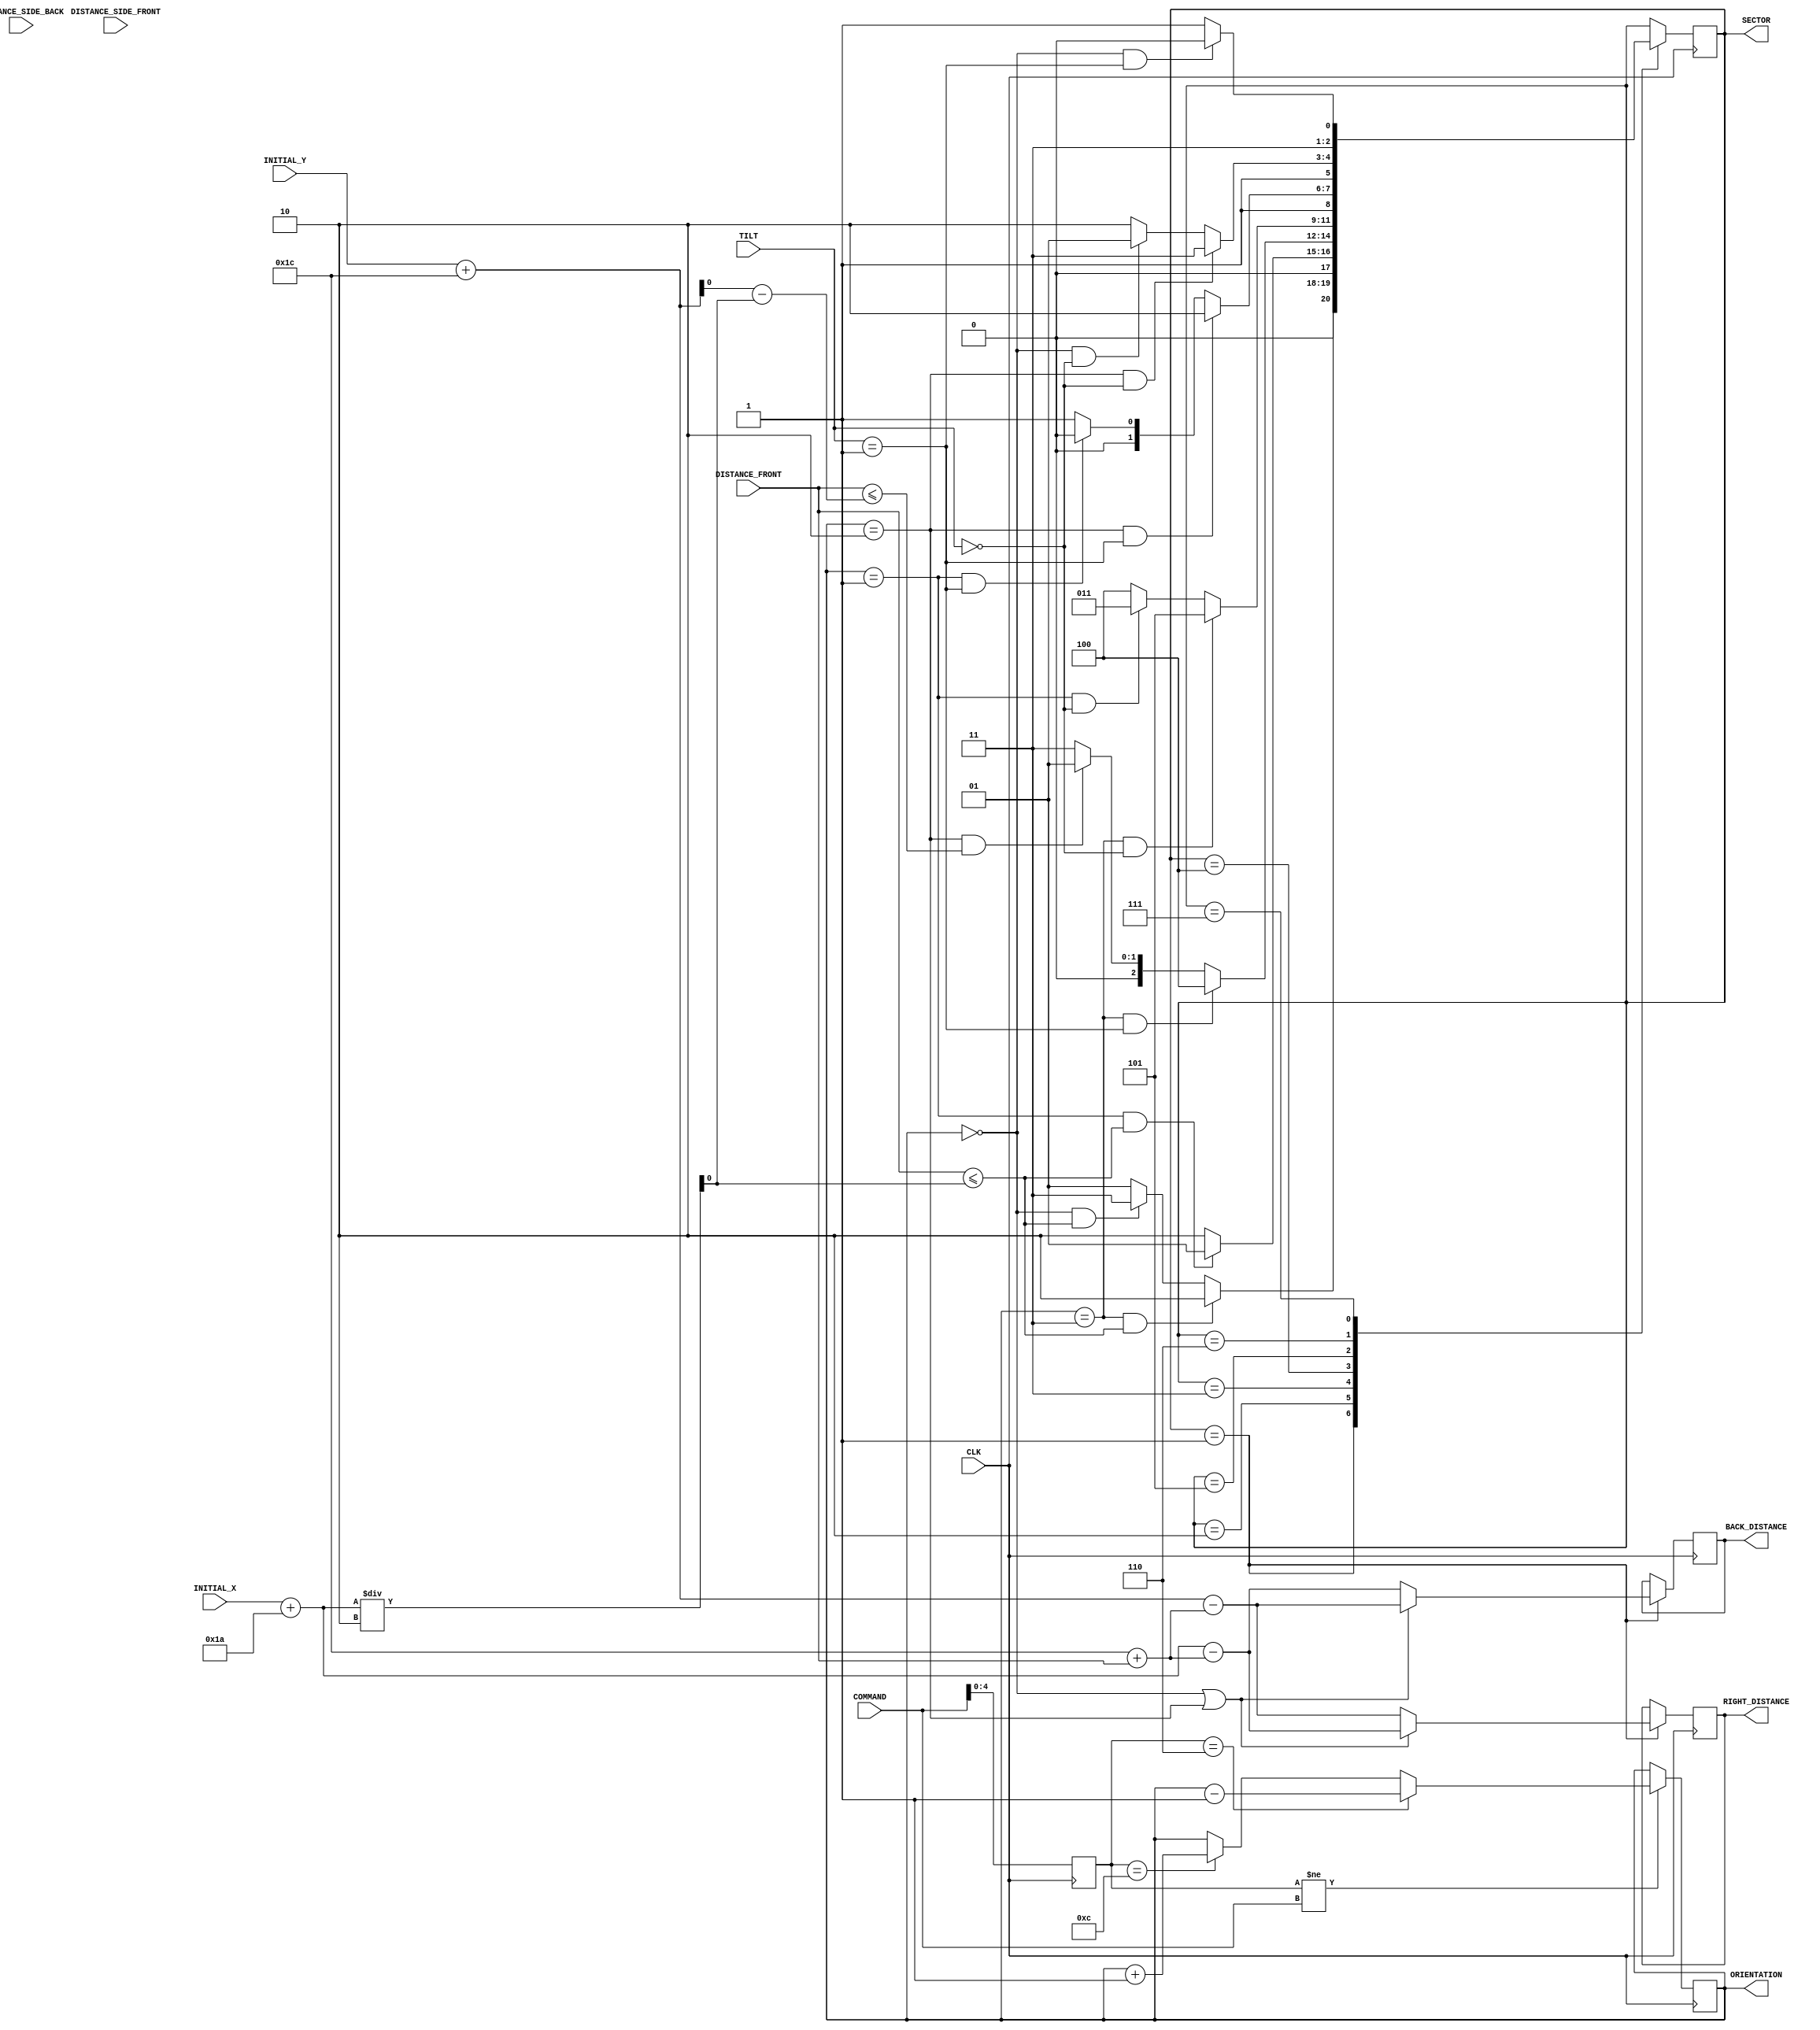
`timescale 1ns / 1ps
//////////////////////////////////////////////////////////////////////////////////
// Company: 
// Engineer: 
// 
// Design Name: 
// Module Name:    localization 
// Project Name: 
// Target Devices: 
// Tool versions: 
// Description: 
//
// Dependencies: 
//
// Revision: 
// Revision 0.01 - File Created
// Additional Comments: 
//
//////////////////////////////////////////////////////////////////////////////////
module localization(
		input CLK,
		input [7:0] DISTANCE_FRONT,
		input [7:0] DISTANCE_SIDE_FRONT,
		input [7:0] DISTANCE_SIDE_BACK,
		input [7:0] COMMAND,
		input [1:0] TILT,
		input [7:0] INITIAL_X,
		input [7:0] INITIAL_Y,
		output reg [1:0] ORIENTATION,
		output reg [2:0] SECTOR,
		output reg [7:0] BACK_DISTANCE,
		output reg [7:0] RIGHT_DISTANCE
		);
		
		reg [4:0] old_command;
		wire [7:0] X_A_B, X_B_A, Y_A_C;
		wire [7:0] COURSE_W_2_E, COURSE_N_2_S_SECTORS_AC, COURSE_N_2_S_SECTOR_B;
		wire [7:0] MISSING_X_B, MISSING_Y_A, MISSING_Y_B;
		wire [7:0] S_1, S_2, S_3, S_4, S_5, S_6; 
		wire [7:0] R_1, R_2, R_3, R_4, R_5, R_6;
		wire [7:0] C_1, C_2, C_3, C_4, C_5, C_6, C_7, C_8, C_9, C_10, C_11, C_12, C_13, C_14;
		wire [7:0] BACK_SUB, RIGHT_SUB;
		
		// Robot Size Parameters  *************************************
		parameter [7:0] ROBOT_SIZE_W_2_E = 8'b 00011010; //26 cm
		parameter [7:0] ROBOT_SIZE_N_2_S = 8'b 00011100; //28 cm
		
		// Course Parameters
		parameter [7:0] START_COVERAGE 		= 8'b 00100000; //12.5 inches = 31.75 cm ~= 32 cm
		parameter [7:0] SEA_COVERAGE 			= 8'b 00101111; //18.5 inches = 46.99 cm ~= 47 cm
		parameter [7:0] CARGO_AREA_COVERAGE = 8'b 01101100; //42.5 inches = 107.95 cm ~= 108 cm
		parameter [7:0] RAIL_COVERAGE 		= 8'b 00101111; //18.5 inches = 46.99 cm ~= 47 cm
		parameter [7:0] ZONE_SEPERATION		= 8'b 00001000; //3 inches = 7.62 cm ~= 8 cm
		
		//	Command Parameters
		parameter [4:0] TURN_RIGHT = 5'b 01100;
		parameter [4:0] TURN_LEFT 	= 5'b 00110;
		parameter [4:0] STRAIGHT 	= 5'b 01110;
		
		// Orientation Parameters
		parameter [1:0] NORTH 	= 2'b 00; //0 represents North
		parameter [1:0] EAST 	= 2'b 01; //1 represents East
		parameter [1:0] SOUTH 	= 2'b 10; //2 represents South
		parameter [1:0] WEST 	= 2'b 11; //3 represents West
		
		// Sector Parameters
		parameter [2:0] SECTOR_A	= 3'b 001; //1 represents Sector A
		parameter [2:0] SECTOR_B	= 3'b 010; //2 represents Sector B
		parameter [2:0] SECTOR_C	= 3'b 011; //3 represents Sector C
		parameter [2:0] SECTOR_D	= 3'b 100; //4 represents Sector D
		parameter [2:0] SECTOR_E	= 3'b 101; //5 represents Sector E
		parameter [2:0] SECTOR_F	= 3'b 110; //6 represents Sector F
		parameter [2:0] SECTOR_G	= 3'b 111; //7 represents Sector G
		
		initial begin
			old_command = 0;
			ORIENTATION = NORTH;
			SECTOR = SECTOR_A;
		end
		
		// Course Turning Point Distances
		assign X_A_2_B = (COURSE_W_2_E/2); //Half of the length of the course
		assign X_B_2_A = (COURSE_W_2_E/2); //Half of the length of the course
		assign Y_A_2_C = (COURSE_W_2_E/2);
		assign Y_C_2_A = COURSE_N_2_S_SECTORS_AC - (COURSE_W_2_E/2);
		
		// Course Distances
		assign COURSE_W_2_E = INITIAL_X + ROBOT_SIZE_W_2_E;
		assign COURSE_N_2_S_SECTORS_AC = INITIAL_Y + ROBOT_SIZE_N_2_S;
		assign COURSE_N_2_S_SECTOR_B = COURSE_N_2_S_SECTORS_AC - 57; //22.5 inches = 57.15 cm is difference in Y distances
		
		//Missing Information Determination
		assign MISSING_X_B = ((COURSE_W_2_E - SEA_COVERAGE - START_COVERAGE)/(2));
		assign MISSING_Y_A = ((COURSE_N_2_S_SECTORS_AC - RAIL_COVERAGE - START_COVERAGE)/(2));
		assign MISSING_Y_B = ((COURSE_N_2_S_SECTOR_B - CARGO_AREA_COVERAGE)/(2));
		
		//Stopping Location Distances
		assign S_6 = MISSING_X_B + 4; 		//1.75 inches = 4.445 cm ~= 4, Sea Zone 6
		assign S_5 = S_6 + ZONE_SEPERATION; //Sea Zone 5
		assign S_4 = S_5 + ZONE_SEPERATION; //Sea Zone 4
		assign S_3 = S_4 + ZONE_SEPERATION; //Sea Zone 3
		assign S_2 = S_3 + ZONE_SEPERATION; //Sea Zone 2
		assign S_1 = S_2 + ZONE_SEPERATION; //Sea Zone 1
		
		assign R_6 = MISSING_Y_A + 4; 		//1.75 inches = 4.445 cm ~= 4, Rail Zone 6
		assign R_5 = R_6 + ZONE_SEPERATION; //Rail Zone 5
		assign R_4 = R_5 + ZONE_SEPERATION; //Rail Zone 4
		assign R_3 = R_4 + ZONE_SEPERATION; //Rail Zone 3
		assign R_2 = R_3 + ZONE_SEPERATION; //Rail Zone 2
		assign R_1 = R_2 + ZONE_SEPERATION; //Rail Zone 1
		
		assign C_14 = MISSING_Y_B + 4; 		  //1.75 inches = 4.445 cm ~= 4, Cargo Zone 14
		assign C_13 = C_14 + ZONE_SEPERATION; //Cargo Zone 13
		assign C_12 = C_13 + ZONE_SEPERATION; //Cargo Zone 12
		assign C_11 = C_12 + ZONE_SEPERATION; //Cargo Zone 11
		assign C_10 = C_11 + ZONE_SEPERATION; //Cargo Zone 10
		assign C_9  = C_10 + ZONE_SEPERATION; //Cargo Zone 9
		assign C_8  = C_9  + ZONE_SEPERATION; //Cargo Zone 8
		assign C_7  = C_8  + ZONE_SEPERATION; //Cargo Zone 7
		assign C_6  = C_7  + ZONE_SEPERATION; //Cargo Zone 6
		assign C_5  = C_6  + ZONE_SEPERATION; //Cargo Zone 5
		assign C_4  = C_5  + ZONE_SEPERATION; //Cargo Zone 4
		assign C_3  = C_4  + ZONE_SEPERATION; //Cargo Zone 3
		assign C_2  = C_3  + ZONE_SEPERATION; //Cargo Zone 2
		assign C_1  = C_2  + ZONE_SEPERATION; //Cargo Zone 1
		
		//Back and Right Distances
		assign BACK_SUB  = ROBOT_SIZE_N_2_S + DISTANCE_FRONT;
		assign RIGHT_SUB = ROBOT_SIZE_W_2_E + DISTANCE_SIDE_FRONT;
		
		
		always@(posedge CLK)begin
		
			///*** ORIENTATION SUB-SECTION ALGORITHM ***///
			old_command <= COMMAND;
			if(old_command != COMMAND)begin
				if(old_command == TURN_LEFT)begin
					ORIENTATION <= ORIENTATION - 2'b 01; //Counter Clockwise Rotation 
				end else if(old_command == TURN_RIGHT)begin
					ORIENTATION <= ORIENTATION + 2'b 01; //Clockwise Rotation
				end else begin
					ORIENTATION <= ORIENTATION; //Maintain Orientation
				end
			end else begin
				ORIENTATION <= ORIENTATION; //Maintain Orientation
			end
			///***  END OF ORIENTATION SUB-SECTION ALGORITHM ***///
			
			
			
			///*** SECTOR SUB-SECTION ALGORITHM ***///
			case(SECTOR)
				SECTOR_A:	begin
									BACK_DISTANCE  <= ((ORIENTATION == NORTH)|(ORIENTATION == SOUTH))?  COURSE_N_2_S_SECTORS_AC - BACK_SUB : COURSE_W_2_E - BACK_SUB;
									RIGHT_DISTANCE <= ((ORIENTATION == NORTH)|(ORIENTATION == SOUTH))?  COURSE_W_2_E - BACK_SUB : COURSE_N_2_S_SECTORS_AC - BACK_SUB;
									
									if((ORIENTATION == WEST)&(DISTANCE_FRONT <= X_A_2_B))begin
											SECTOR <= SECTOR_B;
									end else if((ORIENTATION == NORTH)&(DISTANCE_FRONT <= Y_A_2_C))begin
											SECTOR <= SECTOR_C;
									end else begin
										SECTOR <= SECTOR_A;
									end
								end
				SECTOR_B:	begin
									
									SECTOR <= ((ORIENTATION == EAST)&(DISTANCE_FRONT <= X_B_2_A)) ? SECTOR_A : SECTOR_B;
								
								end
				SECTOR_C:	begin
									if((ORIENTATION == WEST)&(TILT == 1))begin //fix tilt
											SECTOR <= SECTOR_D;
									end else if((ORIENTATION == SOUTH)&(DISTANCE_FRONT <= Y_C_2_A))begin
											SECTOR <= SECTOR_A;
									end else begin
										SECTOR <= SECTOR_C;
									end
								end
				SECTOR_D:	begin
									if((ORIENTATION == WEST)&(TILT == 0))begin //fix tilt
											SECTOR <= SECTOR_E;
									end else if((ORIENTATION == EAST)&(TILT == 0))begin //fix tilt
											SECTOR <= SECTOR_C;
									end else begin
										SECTOR <= SECTOR_D;
									end
								end
				SECTOR_E:	begin
									if((ORIENTATION == SOUTH)&(TILT == 1))begin //fix tilt
											SECTOR <= SECTOR_F;
									end else if((ORIENTATION == EAST)&(TILT == 1))begin //fix tilt
											SECTOR <= SECTOR_D;
									end else begin
										SECTOR <= SECTOR_E;
									end
								end
				SECTOR_F:	begin
									if((ORIENTATION == SOUTH)&(TILT == 0))begin //fix tilt
											SECTOR <= SECTOR_G;
									end else if((ORIENTATION == NORTH)&(TILT == 0))begin //fix tilt
											SECTOR <= SECTOR_E;
									end else begin
										SECTOR <= SECTOR_F;
									end
								end
				SECTOR_G:	begin
									SECTOR <= ((ORIENTATION == NORTH)&(TILT == 1)) ? SECTOR_F : SECTOR_G;
								end
			endcase
			///***  END OF SECTOR SUB-SECTION ALGORITHM ***///
		
				
			
		end


endmodule